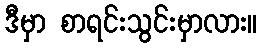
ဒီမှာ စာရင်းသွင်းမှာလား။